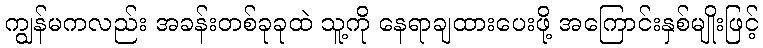
ကျွန်မကလည်း အခန်းတစ်ခုခုထဲ သူ့ကို နေရာချထားပေးဖို့ အကြောင်းနှစ်မျိုးဖြင့်